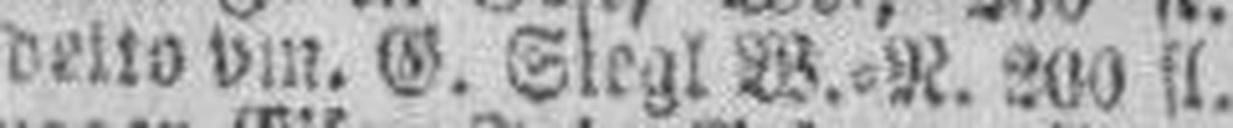
detto pm. G. Slegl W.=R. 200 fl.